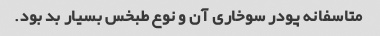
متاسفانه پودر سوخاری آن و نوع طبخس بسیار بد بود.